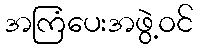
အကြံပေးအဖွဲ့ဝင်